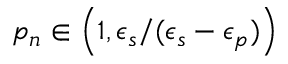
p _ { n } \in \displaystyle \left( 1 , \epsilon _ { s } / ( \epsilon _ { s } - \epsilon _ { p } ) \right)